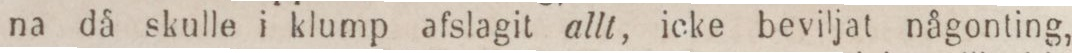
na då skulle i klump afslagit allt, icke beviljat någonting,